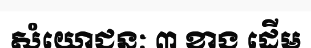
សំយោជនៈ ៣ ខាង ដើម